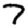
Digit: 7